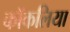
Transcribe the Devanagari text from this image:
कॉकलिया